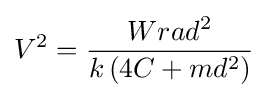
V^{2}={\frac {Wrad^{2}}{k\left(4C+md^{2}\right)}}